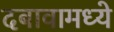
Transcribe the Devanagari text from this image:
दबावामध्ये